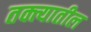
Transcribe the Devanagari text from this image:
तक्त्यातील